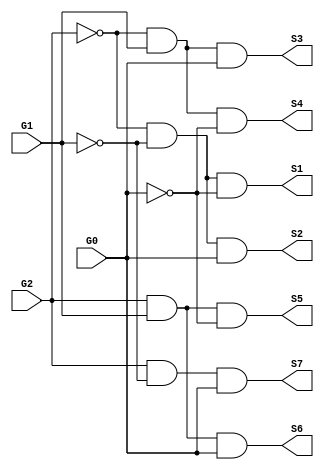
`timescale 1ns / 1ps
//////////////////////////////////////////////////////////////////////////////////
// Company: 
// Engineer: 
// 
// Design Name: 
// Module Name: StateDecoder
// Project Name: 
// Target Devices: 
// Tool Versions: 
// Description: 
// 
// Dependencies: 
// 
// Revision:
// Revision 0.01 - File Created
// Additional Comments:
// 
//////////////////////////////////////////////////////////////////////////////////


 module StateDecoder(G0, G1, G2, S1, S2, S3, S4, S5, S6, S7);
   input   G0;
   input   G1;
   input   G2;
   output  S1;
   output  S2;
   output  S3;
   output  S4;
   output  S5;
   output  S6;
   output  S7;
   
   assign S1 = (~G2) & (~G1) & (~G0);
   assign S2 = (~G2) & (~G1) & (G0);
   assign S3 = (~G2) & (G1) & (G0);
   assign S4 = (~G2) & (G1) & (~G0);
   assign S5 = (G2) & (G1) & (~G0);
   assign S6 = (G2) & (G1) & (G0);
   assign S7 = (G2) & (~G1) & (G0);
   
endmodule